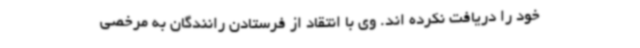
خود را دریافت نکرده اند. وی با انتقاد از فرستادن رانندگان به مرخصی